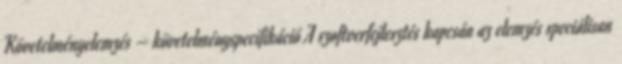
Követelményelemzés – követelményspecifikáció A szoftverfejlesztés kapcsán az elemzés speciálisan